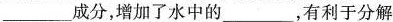
___成分，增加了水中的____，有利于分解